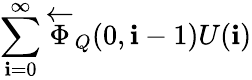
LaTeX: \sum_{\mathbf{i}=0}^{\infty}\overleftarrow{{\Phi}}_{Q}(0,\mathbf{i}-1)U(\mathbf{i})